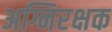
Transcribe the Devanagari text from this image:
अग्निरक्षक